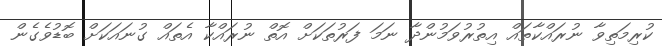
ކުރިމަތިވާ ނުރައްކާތައް އިތުރުވަމުންދާ ނަމަ ފަރުތަކަށް އޮތް ނުރައްކާ އެތައް ގުނައަކަށް ބޮޑުވެގެން